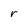
Character: r